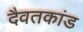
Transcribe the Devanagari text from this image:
दैवतकांड